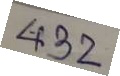
4332